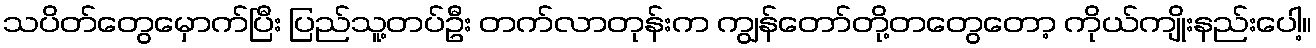
သပိတ်တွေမှောက်ပြီး ပြည်သူ့တပ်ဦး တက်လာတုန်းက ကျွန်တော်တို့တတွေတော့ ကိုယ်ကျိုးနည်းပေါ့။